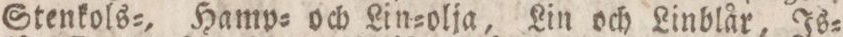
Stenkols=, Hamp= och Lin=olja, Lin och Linblår, Is=